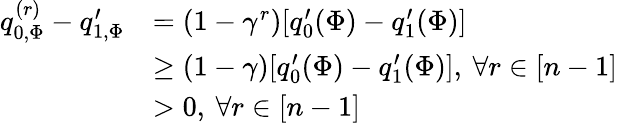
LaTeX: \begin{array}{rl}{q_{0,\Phi}^{(r)}-q_{1,\Phi}^{\prime}}&{=(1-\gamma^{r})[q_{0}^{\prime}(\Phi)-q_{1}^{\prime}(\Phi)]}\\ &{\ge(1-\gamma)[q_{0}^{\prime}(\Phi)-q_{1}^{\prime}(\Phi)],\: \forall r\in[n-1]}\\ &{>0,\: \forall r\in[n-1]}\end{array}